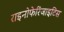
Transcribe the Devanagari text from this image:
राइनोफेरिंजाइटिस